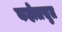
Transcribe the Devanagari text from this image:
कहोलसुत